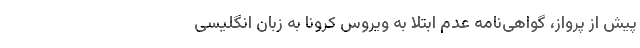
پیش از پرواز، گواهی‌نامه عدم ابتلا به ویروس کرونا به زبان انگلیسی